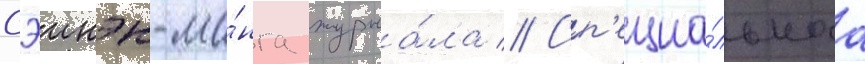
сэинэн-ма́нга журна́ла // Сп'ециа́льнаа